Indian journal of veterinary science and animal husbandry - Volume 6,
Year: 1936
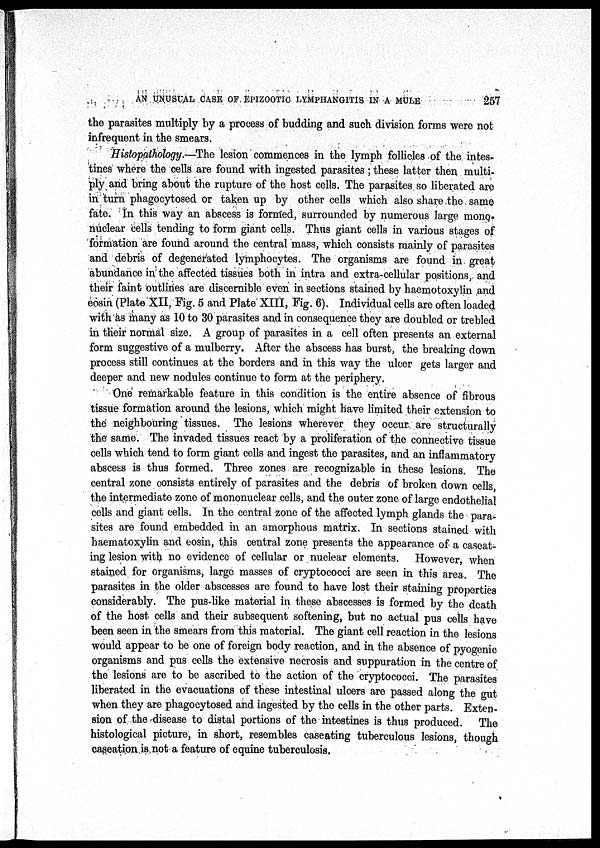
AN UNUSUAL CASE OF EPIZOOTIC LYMPHANGITIS IN A MULE
257
the parasites multiply by a process of budding and such division forms were not
infrequent in the smears.
Histopathology.—The lesion commences in the lymph follicles of the intes¬
tines where the cells are found with ingested parasites ; these latter then multi-
ply and bring about the rupture of the host cells. The parasites so liberated are
in turn phagocytosed or taken up by other cells which also share the same
fate. In this way an abscess is formed, surrounded by numerous large mono¬
nuclear cells tending to form giant cells. Thus giant cells in various stages of
formation are found around the central mass, which consists mainly of parasites
and debris of degenerated lymphocytes. The organisms are found in great
abundance in the affected tissues both in intra and extra-cellular positions, and
their faint outlines are discernible even in sections stained by haemotoxylin and
eosin (Plate XII, Fig. 5 and Plate XIII, Fig. 6). Individual cells are often loaded
with as many as 10 to 30 parasites and in consequence they are doubled or trebled
in their normal size. A group of parasites in a cell often presents an external
form suggestive of a mulberry. After the abscess has burst, the breaking down
process still continues at the borders and in this way the ulcer gets larger and
deeper and new nodules continue to form at the periphery.
One remarkable feature in this condition is the entire absence of fibrous
tissue formation around the lesions, which might have limited their extension to
the neighbouring tissues. The lesions wherever they occur are structurally
the same. The invaded tissues react by a proliferation of the connective tissue
cells which tend to form giant cells and ingest the parasites, and an inflammatory
abscess is thus formed. Three zones are recognizable in these lesions. The
central zone consists entirely of parasites and the debris of broken down cells,
the intermediate zone of mononuclear cells, and the outer zone of large endothelial
cells and giant cells. In the central zone of the affected lymph glands the para-
sites are found embedded in an amorphous matrix. In sections stained with
haematoxylin and eosin, this central zone presents the appearance of a caseat¬
ing lesion with no evidence of cellular or nuclear elements. However, when
stained for organisms, large masses of cryptococci are seen in this area. The
parasites in the older abscesses are found to have lost their staining properties
considerably. The pus-like material in these abscesses is formed by the death
of the host cells and their subsequent softening, but no actual pus cells have
been seen in the smears from this material. The giant cell reaction in the lesions
would appear to be one of foreign body reaction, and in the absence of pyogenic
organisms and pus cells the extensive necrosis and suppuration in the centre of
the lesions are to be ascribed to the action of the cryptococci. The parasites
liberated in the evacuations of these intestinal ulcers are passed along the gut
when they are phagocytosed and ingested by the cells in the other parts. Exten-
sion of the disease to distal portions of the intestines is thus produced.
The
histological picture, in short, resembles caseating tuberculous lesions, though
caseation is not a feature of equine tuberculosis.